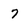
Character: 7